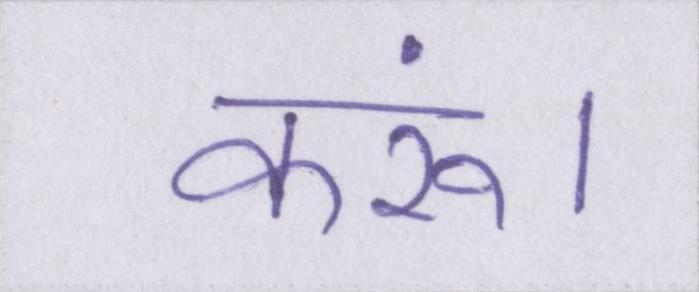
करूं।